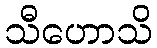
သီဟောသိ